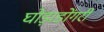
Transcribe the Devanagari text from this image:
घोड़ाडोंगरी